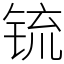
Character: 锍